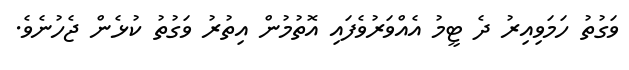
ވަގުތު ހަމަވިއިރު ދެ ޓީމު އެއްވަރުވެފައި އޮތުމުން އިތުރު ވަގުތު ކުޅެން ޖެހުނެވެ.